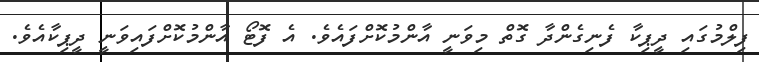
ފިލްމުގައި ދީޕިކާ ފެނިގެންދާ ގޮތް މިވަނީ އާންމުކޮށްފައެވެ. އެ ފޮޓޯ އާންމުކޮށްފައިވަނީ ދީޕިކާއެވެ.